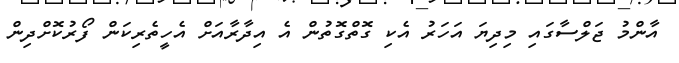
އާންމު ޖަލްސާގައި މިދިޔަ އަހަރު އެކި ގޮތްގޮތުން އެ އިދާރާއަށް އެހީތެރިކަން ފޯރުކޮށްދިން